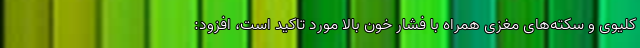
کلیوی و سکته‌های مغزی همراه با فشار خون بالا مورد تاکید است، افزود: